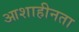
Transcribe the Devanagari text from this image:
आशाहीनता